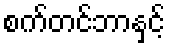
စက်တင်ဘာနှင့်